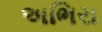
અભિરા